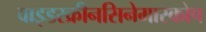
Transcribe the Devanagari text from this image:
वाइडस्क्रीनसिनेमास्कोप